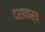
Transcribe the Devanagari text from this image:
दशाचार्य